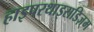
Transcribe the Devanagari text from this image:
हाइपरथाइराडिज़्म